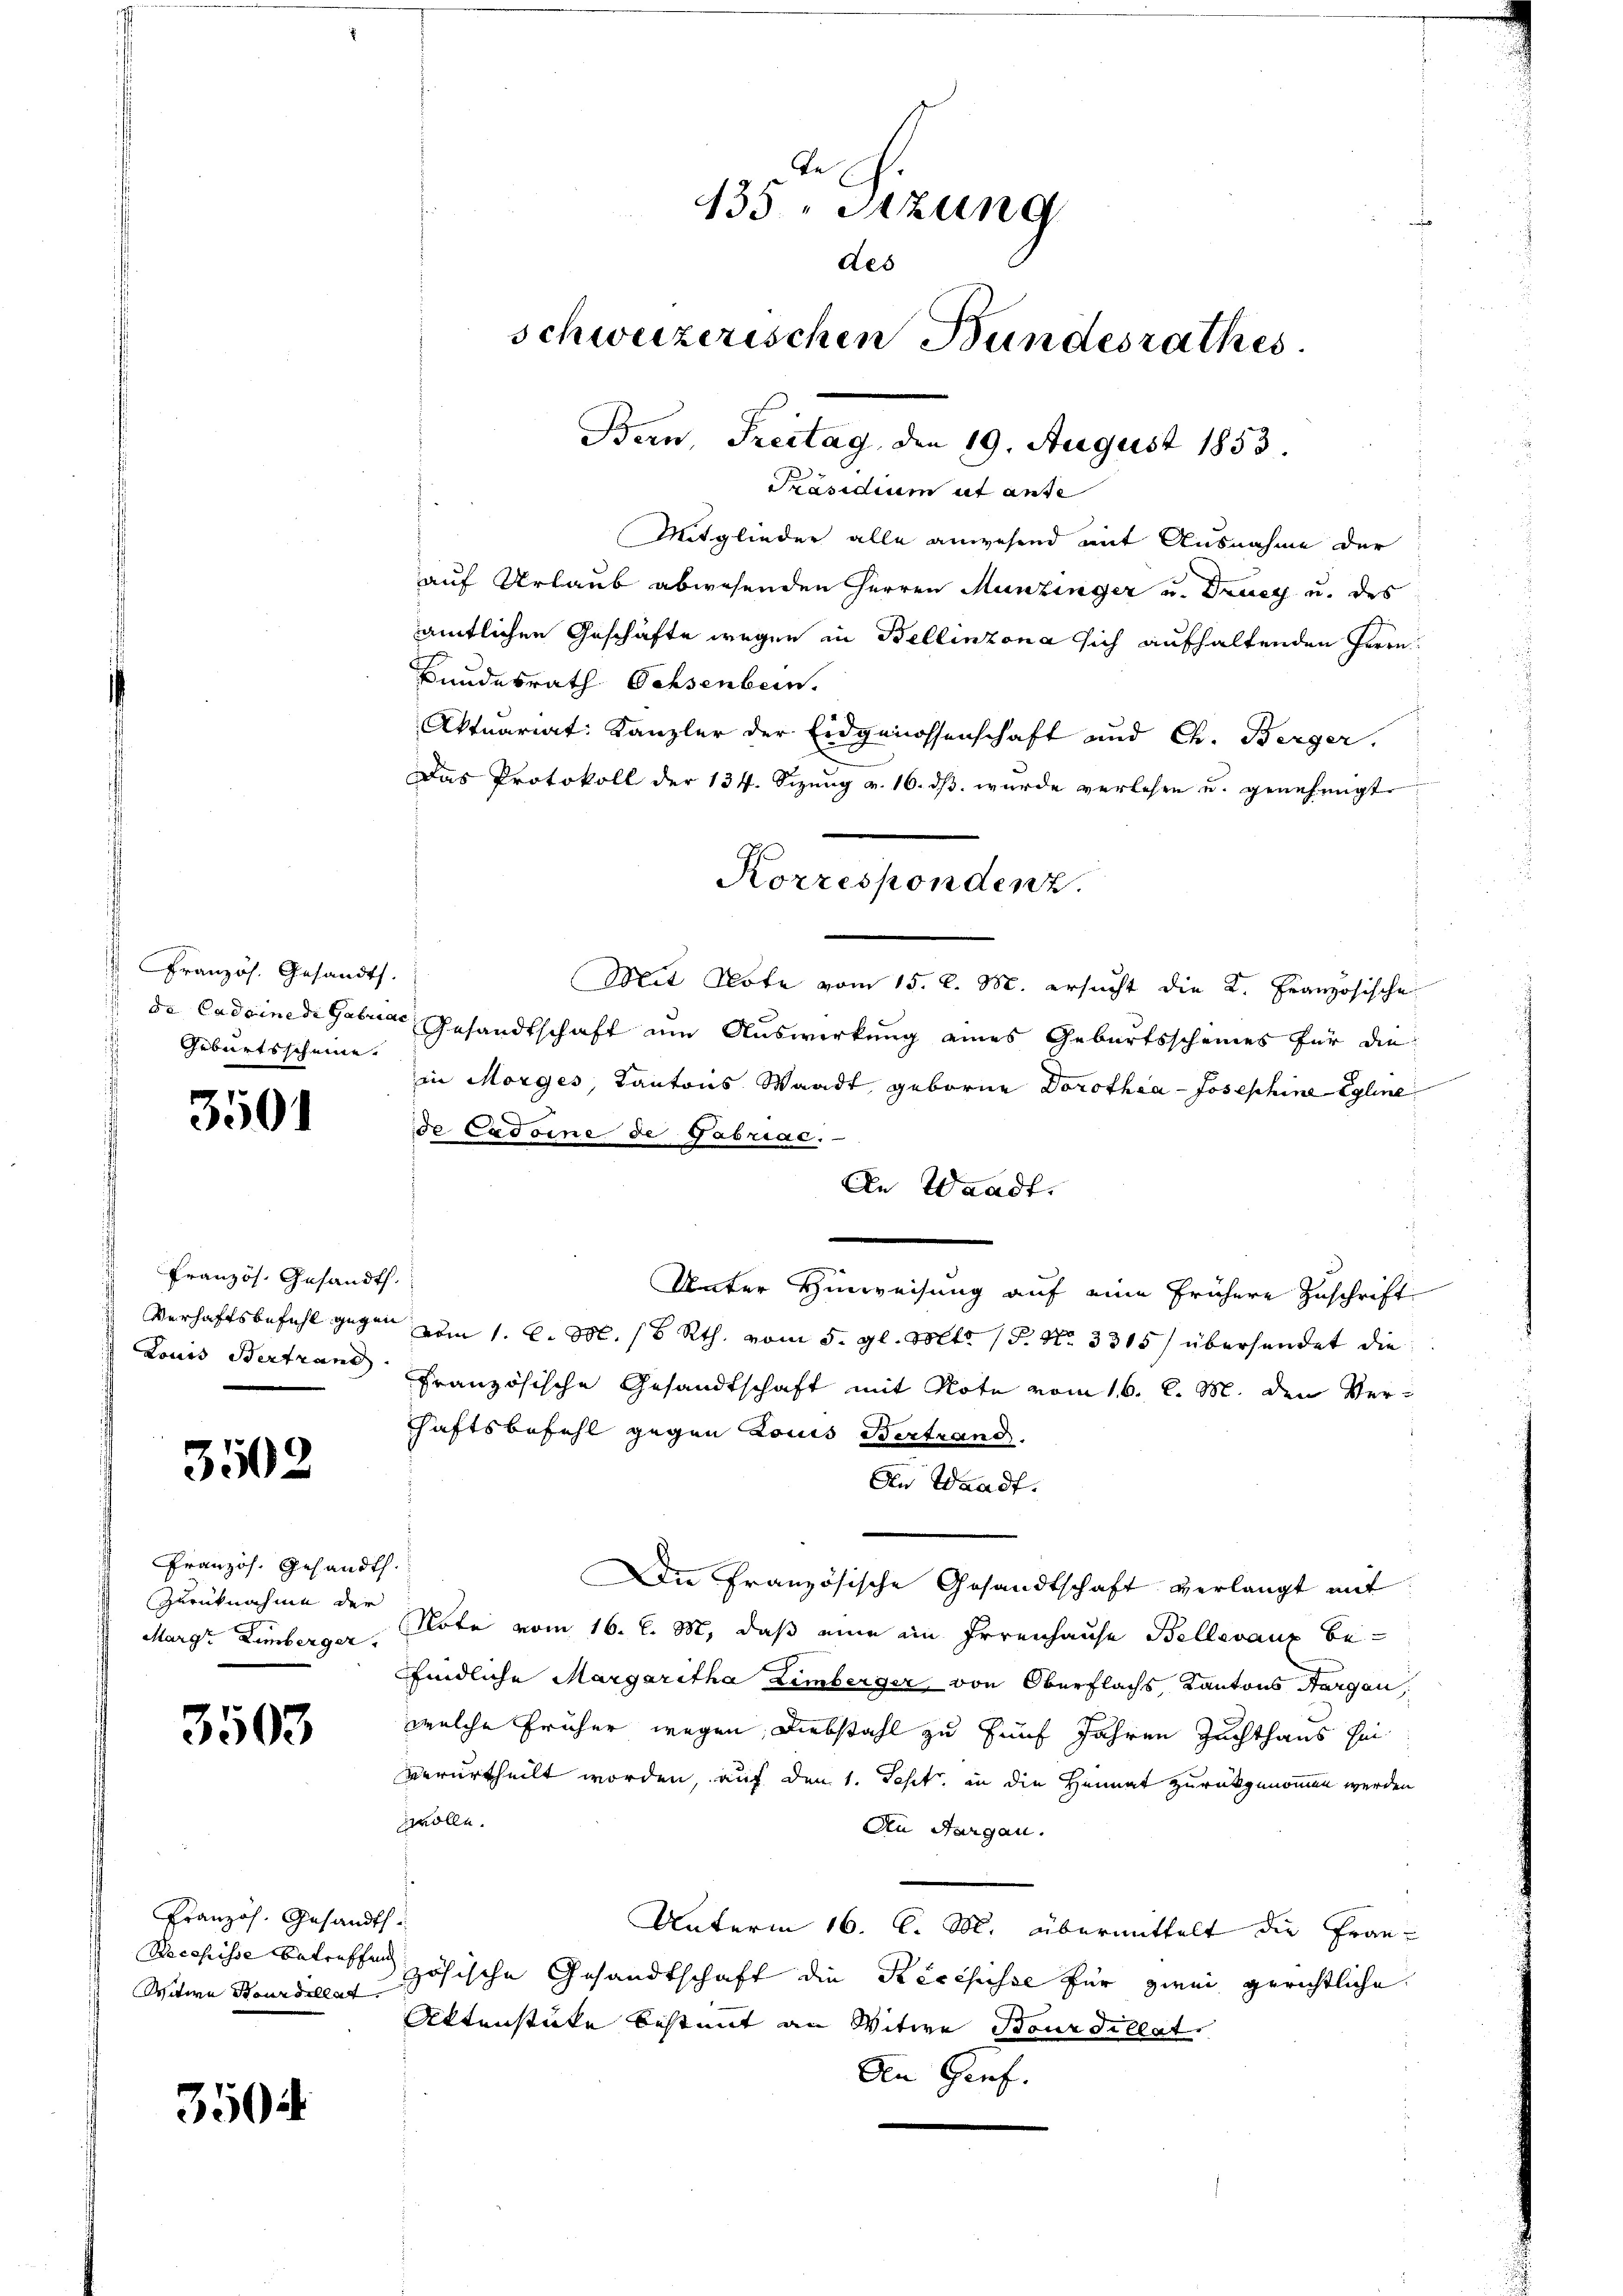
Französ. Gesandt.
Geburtsscheine.

3501

Französ. Gesandt.

3503

Französ. Gesandth
Zurücknahme der

3503

Französ. Gesandts
Witwe Baurdillat,

3504

135, Sitzung
des
schweizerischen Bundesrathes
Ban, Freitag, den 19. August 1853.
Präsidium ut anse

Mitglieder alle anwesend mit Ausnahme der
auf Urlaub abwesenden Herren Munzinger u. Drucy u. des
amtlichen Geschäfte wegen in Bellinzona sich aufhaltenden Herrn
Bundesrath Ochsenbein.
Aktuariat Kanzler der Eidgenossenschaft und Ch. Berger.
Das Protokoll der 134. Sizŭng v. 16. dβ wŭrde verlesen u. genehmigt.
Mit Note vom 15. d. M. ersucht die K. Französische
de Cadeinede Gabuae Gesandtschaft um Auswirkung eines Geburtsscheines für die
in Morges, Kantons Waadt geborne Dorothea - Josephine Egline
de Cadoine de Gabriac.
An Waadt.
Unter Hinweisung auf eine frühere Zuschrift
Verhaftsbefehl gegen vom 1. l. M. 18 Rth. vom 5. gl. Mts. 15. No. 3315/ übersendet die
Louis Bertrand Französische Gesandtschaft mit Note vom 16. d. M. den Verhaftsbefehl gegen Louis Vertrand.
An Waadt.
Die Französische Gesandtschaft verlangt mit
Margr Limberger Note vom 16. d. M, daß eine im Irrenhause Belleraux bee
ffindliche Margaritha Eimberger von Oberflachs, Kantons Aargau,
welche früher wegen Diebstahl zu fünf Jahren Zuchthaus seiverurtheilt worden, auf den 1. Sept, in die Heimat zurückgenommen werden
zwolle.
An Aargau.
Unterm 16. C. M. übermittelt die Fran¬
Recepisse betreffen zösische Gesandtschaft die Recepisse für zwei gerichtliche
Aktenstücke bestimmt an Witwe Bourdillat
Den Genf.

Korrespondenz.